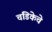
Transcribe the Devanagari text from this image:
चंडिकेचे